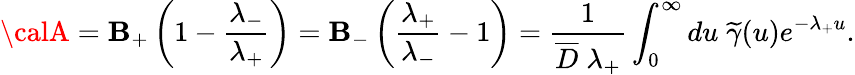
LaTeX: {\calA}={\cal\mathbf{B}}_{+}\left(1-\frac{{\lambda_{-}}}{{\lambda_{+}}}\right)={\cal\mathbf{B}}_{-}\left(\frac{{\lambda_{+}}}{{\lambda_{-}}}-1\right)=\frac{{1}}{{\overline{{{{D}}}}\; \lambda_{+}}}\int_{0}^{\infty}du\; \widetilde{\gamma}(u)e^{-\lambda_{+}u}.